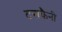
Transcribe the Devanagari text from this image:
टसकैनी